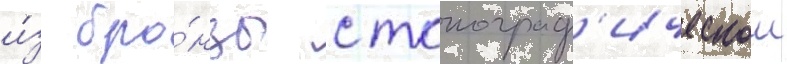
и́з бро́нзы с топограф'ическои